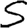
Digit: 5